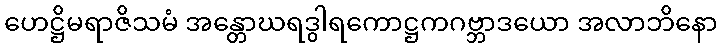
ဟေဋ္ဌိမရာဇိသမံ အန္တောဃရဒွါရကောဋ္ဌကဂဗ္ဘာဒယော အလာဘိနော